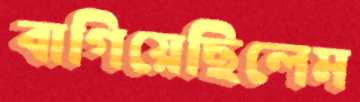
বাগিয়েছিলেম